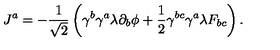
J ^ { a } = - \frac { 1 } { \sqrt { 2 } } \left( \gamma ^ { b } \gamma ^ { a } \lambda \partial _ { b } \phi + \frac { 1 } { 2 } \gamma ^ { b c } \gamma ^ { a } \lambda F _ { b c } \right) .